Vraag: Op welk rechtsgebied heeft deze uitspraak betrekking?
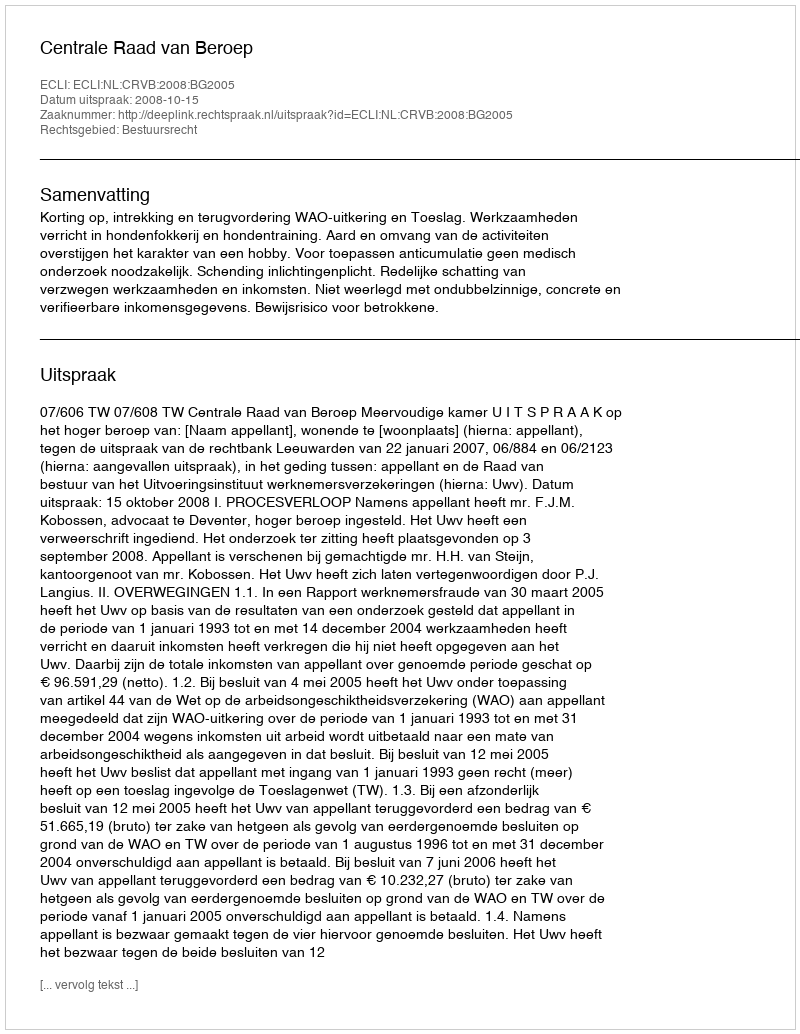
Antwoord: Bestuursrecht